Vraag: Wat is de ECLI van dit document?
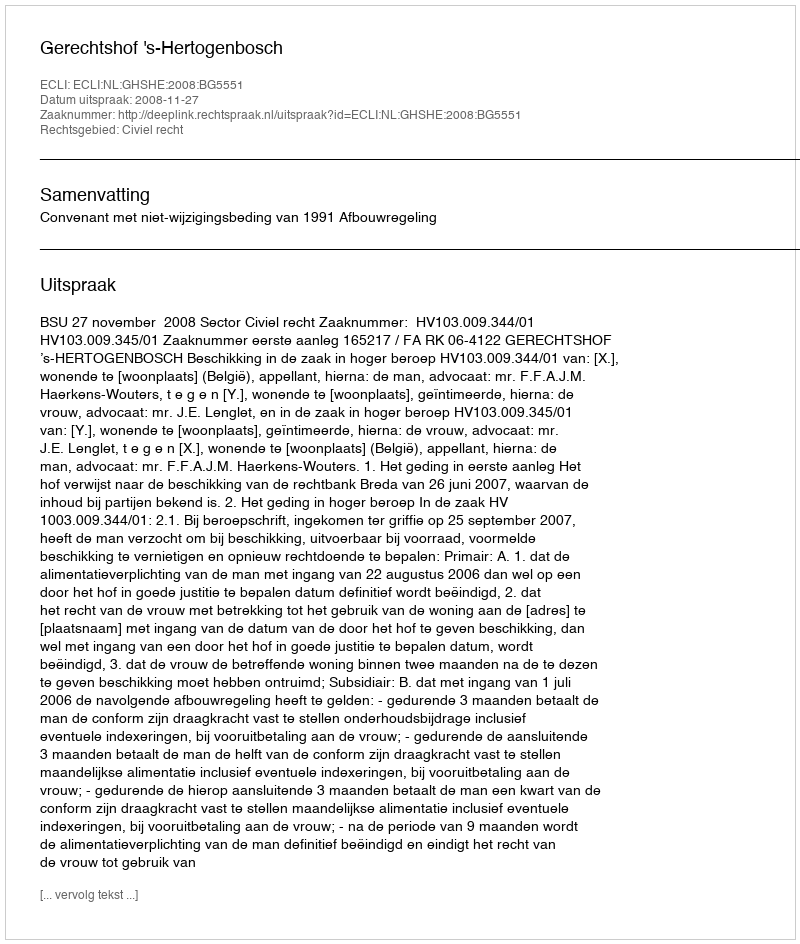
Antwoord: ECLI:NL:GHSHE:2008:BG5551